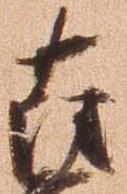
薩